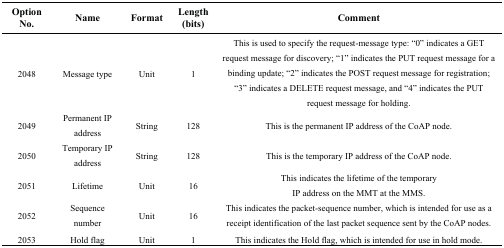
<table><thead><tr><td><b>Option No.</b></td><td><b>Name</b></td><td><b>Format</b></td><td><b>Length(bits)</b></td><td><b>Comment</b></td></tr></thead><tbody><tr><td>2048</td><td>Message type</td><td>Unit</td><td>1</td><td>This is used to specify the request-message type: “0” indicates a GET request message for discovery; “1” indicates the PUT request message for a binding update; “2” indicates the POST request message for registration; “3” indicates a DELETE request message, and “4” indicates the PUT request message for holding.</td></tr><tr><td>2049</td><td>Permanent IP address</td><td>String</td><td>128</td><td>This is the permanent IP address of the CoAP node.</td></tr><tr><td>2050</td><td>Temporary IP address</td><td>String</td><td>128</td><td>This is the temporary IP address of the CoAP node.</td></tr><tr><td>2051</td><td>Lifetime</td><td>Unit</td><td>16</td><td>This indicates the lifetime of the temporary IP address on the MMT at the MMS.</td></tr><tr><td>2052</td><td>Sequence number</td><td>Unit</td><td>16</td><td>This indicates the packet-sequence number, which is intended for use as a receipt identification of the last packet sequence sent by the CoAP nodes.</td></tr><tr><td>2053</td><td>Hold flag</td><td>Unit</td><td>1</td><td>This indicates the Hold flag, which is intended for use in hold mode.</td></tr></tbody></table>